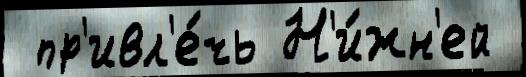
 пр'ивл'е́чь Н'и́жн'ей